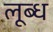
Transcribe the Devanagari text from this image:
लूब्ध